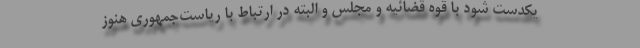
یکدست شود با قوه قضائیه و مجلس و البته در ارتباط با ریاست‌جمهوری هنوز